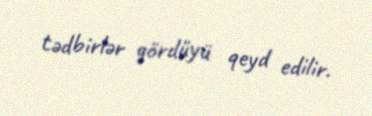
tədbirlər gördüyü qeyd edilir.